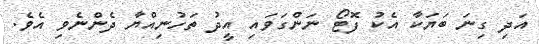
އަދި ގިނަ ބަޔަކާ އެކު ފޮޓޯ ނަންގަވައި އީދު ތަހުނިއްޔާ ދެންނެވި އެވެ.